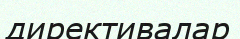
директивалар